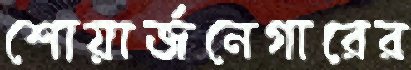
শোয়ার্জনেগারের